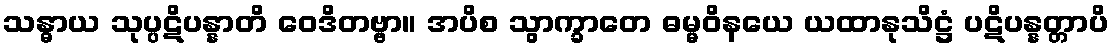
သန္ဓာယ သုပ္ပဋိပန္နာတိ ဝေဒိတဗ္ဗာ။ အပိစ သွာက္ခာတေ ဓမ္မဝိနယေ ယထာနုသိဋ္ဌံ ပဋိပန္နတ္တာပိ